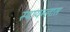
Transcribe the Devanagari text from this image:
स्पायग्लास